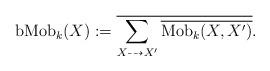
LaTeX: \begin{align*} \mathrm{bMob}_k(X):=\overline{\sum_{X\dashrightarrow X'}\overline{\mathrm{Mob}_k(X,X')}}.\end{align*}